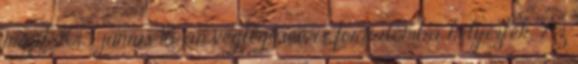
majd 2013. június 18-án véglegesen is forgalomba helyezték. Az